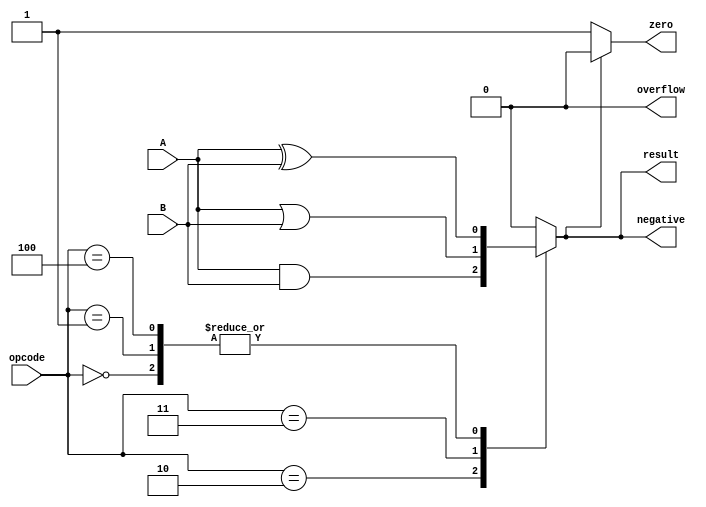
module ALU_1bit (
    input wire A,
    input wire B,
    input wire [2:0] opcode,
    output reg result,
    output reg zero,
    output reg negative,
    output reg overflow
    );

    // Local wires for intermediate calculations
    wire sum, diff, and_op, or_op, xor_op;

    // Perform the operations based on the opcode
    always @(*) begin
        case(opcode)
            3'b000: begin // Addition
                sum = A ^ B;
                diff = A ^ B;
                result = sum;
            end
            3'b001: begin // Subtraction
                sum = A ^ B;
                diff = A ^ B;
                result = diff;
            end
            3'b010: begin // Bitwise AND
                and_op = A & B;
                result = and_op;
            end
            3'b011: begin // Bitwise OR
                or_op = A | B;
                result = or_op;
            end
            3'b100: begin // Bitwise XOR
                xor_op = A ^ B;
                result = xor_op;
            end
            default: result = 1'b0; // Default to 0 if opcode is invalid
        endcase
    end

    // Set the flags based on the result
    always @(*) begin
        zero = (result == 1'b0) ? 1'b1 : 1'b0;
        negative = result[0];
        overflow = 1'b0; // Not handling overflow in 1-bit ALU
    end
endmodule